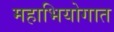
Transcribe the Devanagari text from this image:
महाभियोगात